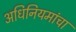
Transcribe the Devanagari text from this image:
अधिनियमांचा